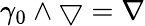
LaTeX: \gamma_{0}\wedge\bigtriangledown=\nabla